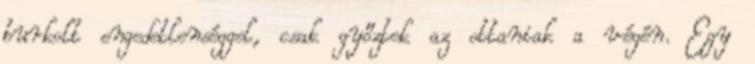
burkolt engedetlenséggel, csak győztek az ottaniak a végén. Egy